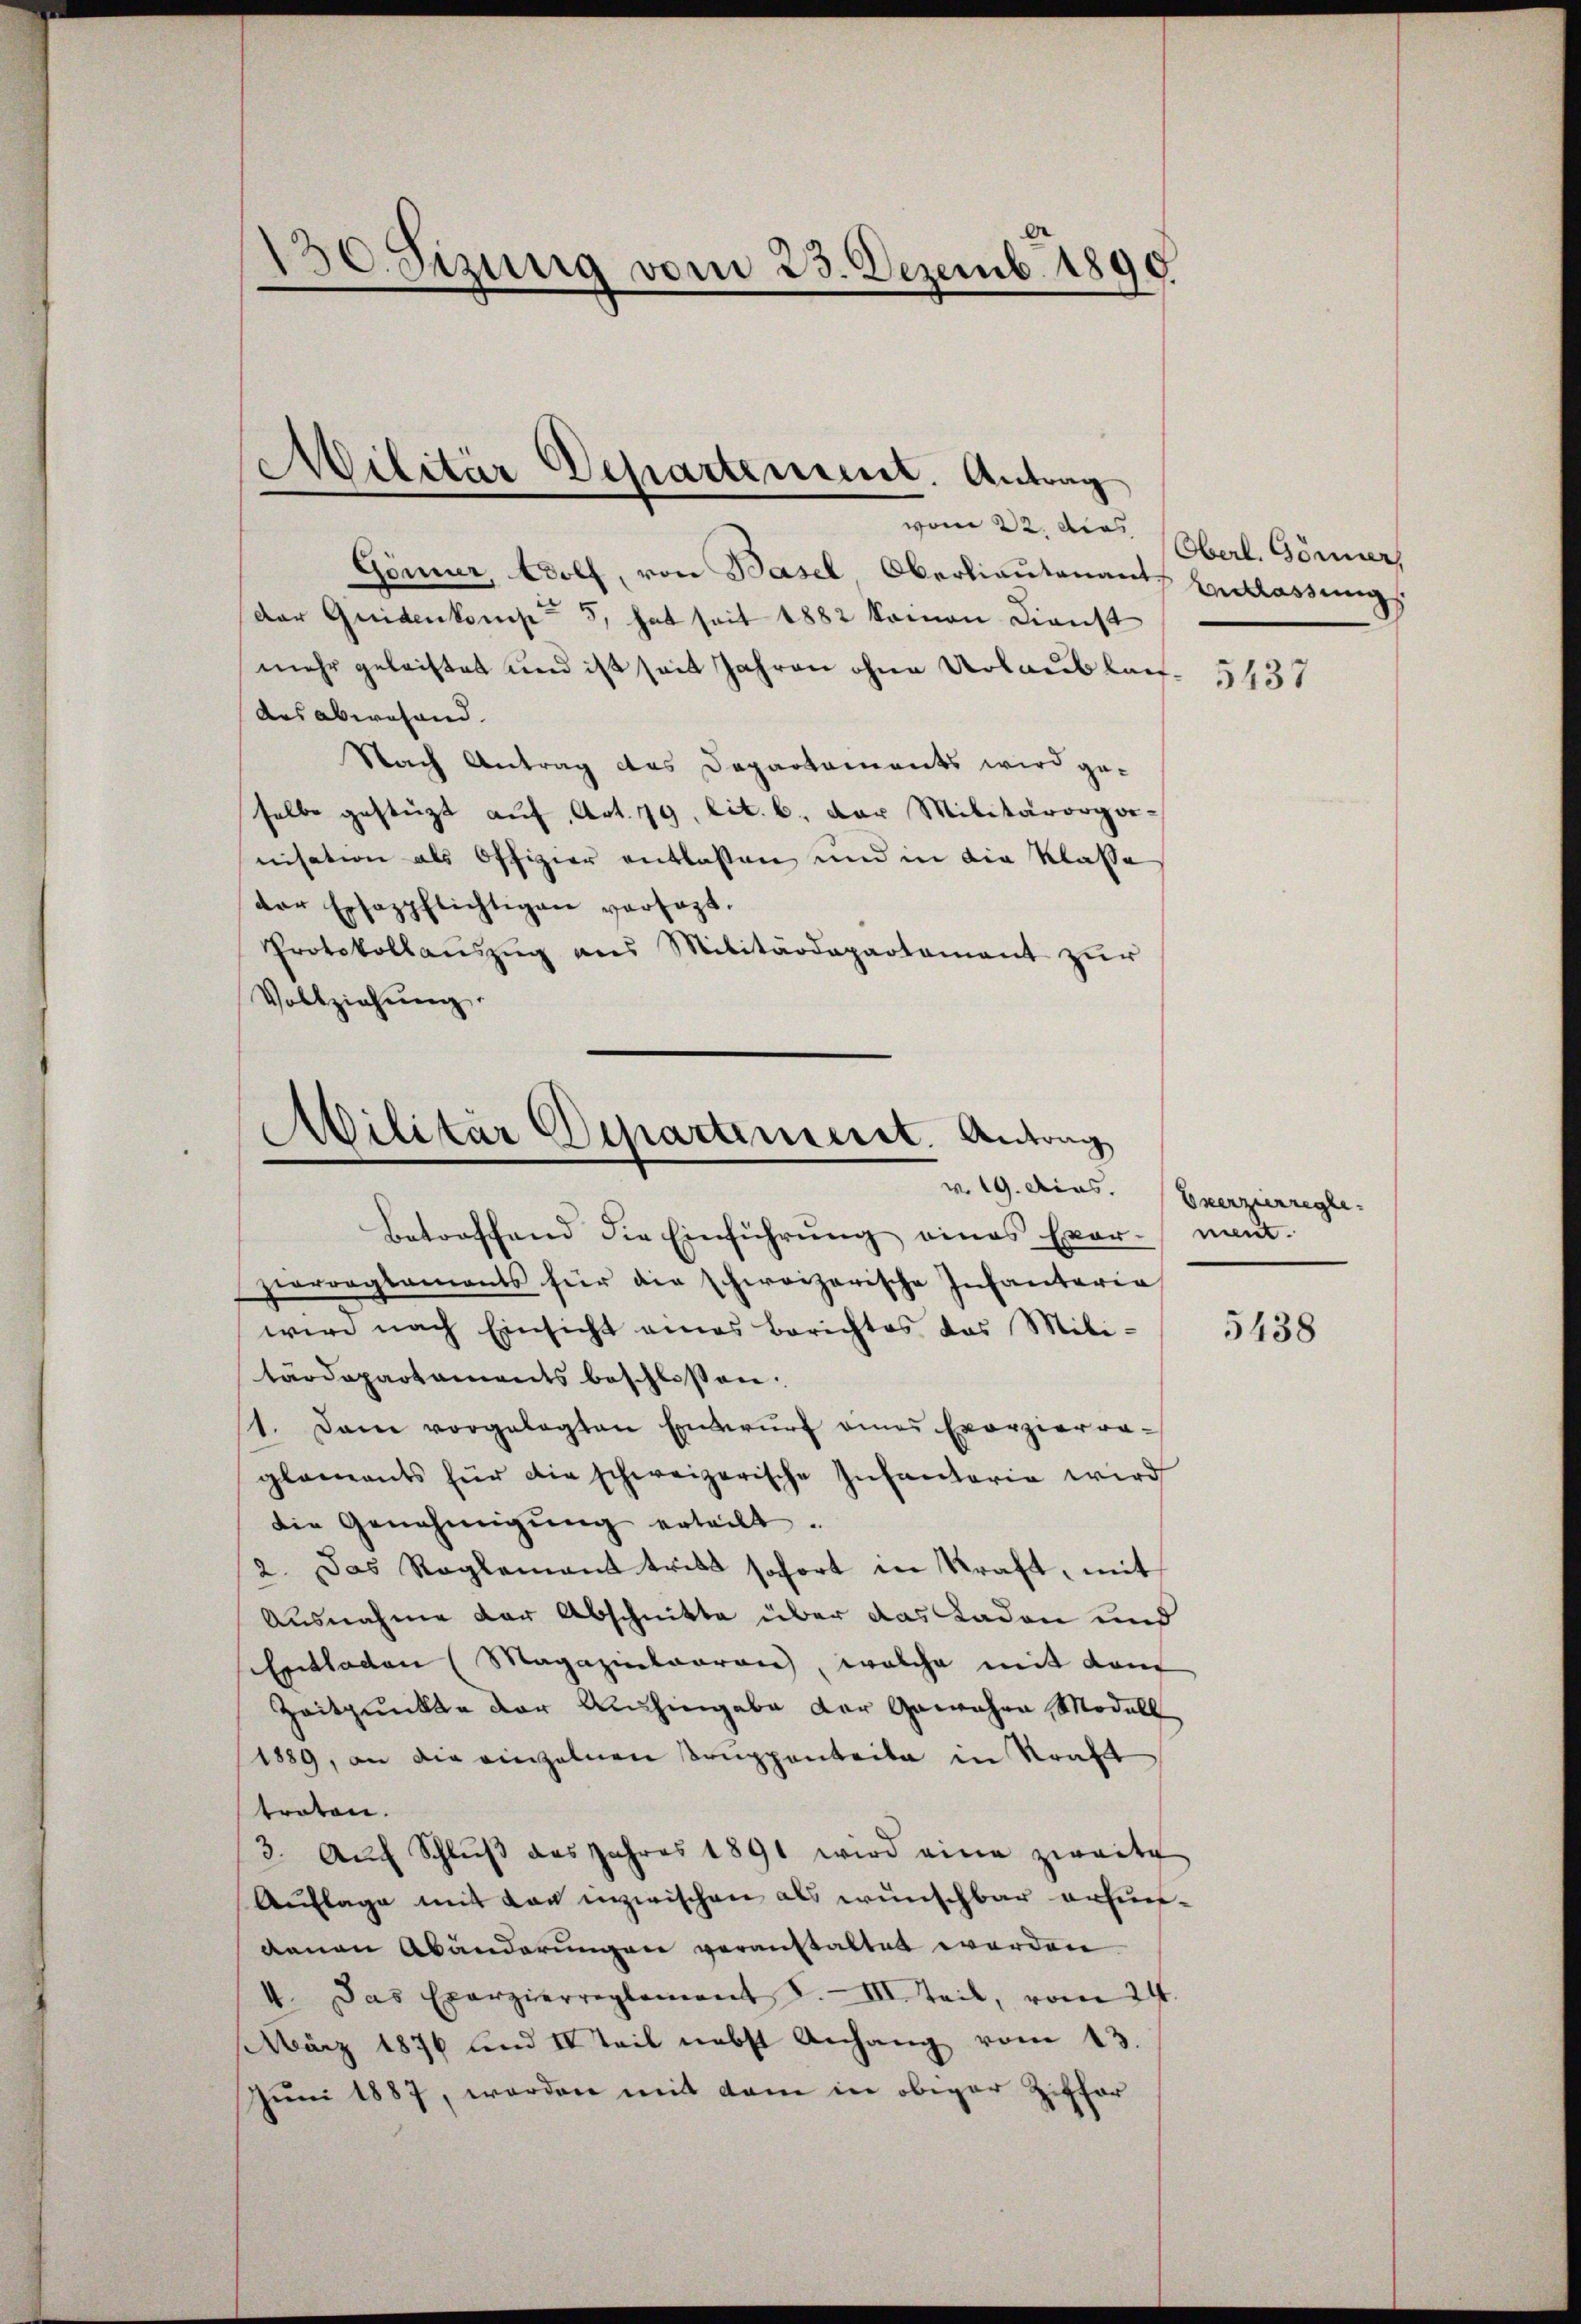
130. Sizung vom 23. Dezemb. 1890

Militär Departement. Antrag

vom 22. dies
Gömer, Wolf, von Basel Oberlieutenants Entlassungs
der Quidenkomp 5, hat seit 1882 kamen Dienst
mehr geleistet und ist seit Jahren ohne Urlaub kan- 5431
des abwesend. |
Nach Antrag das Departements wird ge-
selbe gestüzt aŭf Art. 79, lit. b. der Militärorganisation als Offizier entlassen und in die Klasse
der Ersazpflichtigen versagt.
Protokollaŭszŭg ans Militärdepartament zur
Vollziehŭng.

Militär Departement. Antrag
w. 19. dies. Exerzierregle

Betreffend die Einführŭng eines Evar-mant.
hierorgsaments für die schweizerische Infantaria
wird nach Einsicht eines Berichtes das Mili-
tärdepartaments beschlossen:
1. Dann vorgelegten Entwurf eines Exerzierra-
glaments für die schweizerische Infantaria wird
die Genehmigŭng erteilt.
2. Das Reglement tritt sofort in Kraft, mit
Ausnahme der Abschnitte über das Laden und
Entladen (Magazinlaaren, welche mit dem
Zeitpunkte der Aushingabe der Gewahre Modell
1889, an die einzelnen Truppenteile in Kraft
traten.
3. Aŭf Schlŭβ des Jahres 1891 wird eine zweite
Auflage mit von inzwischen als wünschbar erfundenen Abänderungen veranstaltet werden
4. Das Exerzierreglement J.III. Teil, vom 24.
März 1876 und IV Teil nebst Anhang vom 13.
Juni 1887, worden mit dem in obiger Ziffer

Oberl. Gönner

5438